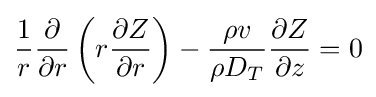
{\frac {1}{r}}{\frac {\partial }{\partial r}}\left(r{\frac {\partial Z}{\partial r}}\right)-{\frac {\rho v}{\rho D_{T}}}{\frac {\partial Z}{\partial z}}=0